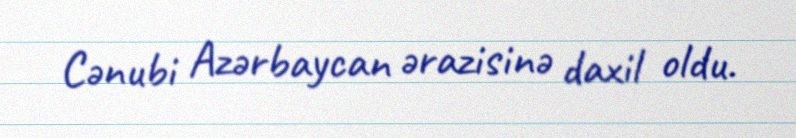
Cənubi Azərbaycan ərazisinə daxil oldu.